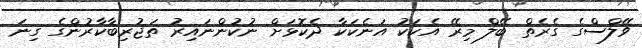
ވޭލްސްގެ ގެރެތް ބޭލް މިރޭ އެކަކު އަނެކަކާ ދެކޮޅަށް ނުކުންނައިރު ތަޖުރިބާކާރުންގެ ގިނަ